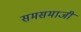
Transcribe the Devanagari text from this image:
समसमाजी